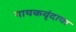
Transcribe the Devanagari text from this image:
गायकवृंदाचा